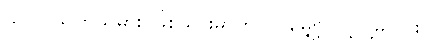
သူ လူသတ်သမား ဖြစ်သွားမှာကို ငါ မျှော့်လင့်ပါ့မလား။